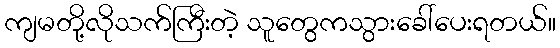
ကျမတို့လိုသက်ကြီးတဲ့ သူတွေကသွားခေါ်ပေးရတယ်။